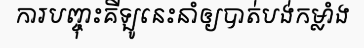
ការបញ្ចុះគីឡូនេះនាំឲ្យបាត់បង់កម្លាំង